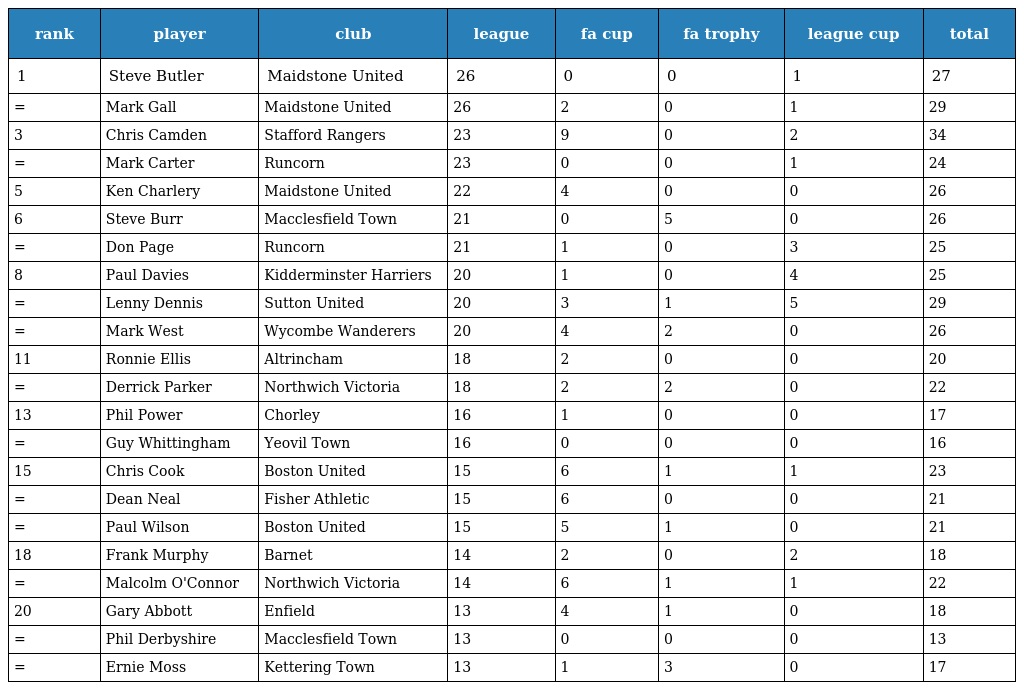
| rank | player | club | league | fa cup | fa trophy | league cup | total |
 | --- | --- | --- | --- | --- | --- | --- | --- |
 | 1 | Steve Butler | Maidstone United | 26 | 0 | 0 | 1 | 27 |
 | = | Mark Gall | Maidstone United | 26 | 2 | 0 | 1 | 29 |
 | 3 | Chris Camden | Stafford Rangers | 23 | 9 | 0 | 2 | 34 |
 | = | Mark Carter | Runcorn | 23 | 0 | 0 | 1 | 24 |
 | 5 | Ken Charlery | Maidstone United | 22 | 4 | 0 | 0 | 26 |
 | 6 | Steve Burr | Macclesfield Town | 21 | 0 | 5 | 0 | 26 |
 | = | Don Page | Runcorn | 21 | 1 | 0 | 3 | 25 |
 | 8 | Paul Davies | Kidderminster Harriers | 20 | 1 | 0 | 4 | 25 |
 | = | Lenny Dennis | Sutton United | 20 | 3 | 1 | 5 | 29 |
 | = | Mark West | Wycombe Wanderers | 20 | 4 | 2 | 0 | 26 |
 | 11 | Ronnie Ellis | Altrincham | 18 | 2 | 0 | 0 | 20 |
 | = | Derrick Parker | Northwich Victoria | 18 | 2 | 2 | 0 | 22 |
 | 13 | Phil Power | Chorley | 16 | 1 | 0 | 0 | 17 |
 | = | Guy Whittingham | Yeovil Town | 16 | 0 | 0 | 0 | 16 |
 | 15 | Chris Cook | Boston United | 15 | 6 | 1 | 1 | 23 |
 | = | Dean Neal | Fisher Athletic | 15 | 6 | 0 | 0 | 21 |
 | = | Paul Wilson | Boston United | 15 | 5 | 1 | 0 | 21 |
 | 18 | Frank Murphy | Barnet | 14 | 2 | 0 | 2 | 18 |
 | = | Malcolm O'Connor | Northwich Victoria | 14 | 6 | 1 | 1 | 22 |
 | 20 | Gary Abbott | Enfield | 13 | 4 | 1 | 0 | 18 |
 | = | Phil Derbyshire | Macclesfield Town | 13 | 0 | 0 | 0 | 13 |
 | = | Ernie Moss | Kettering Town | 13 | 1 | 3 | 0 | 17 |